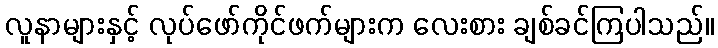
လူနာများနှင့် လုပ်ဖော်ကိုင်ဖက်များက လေးစား ချစ်ခင်ကြပါသည်။